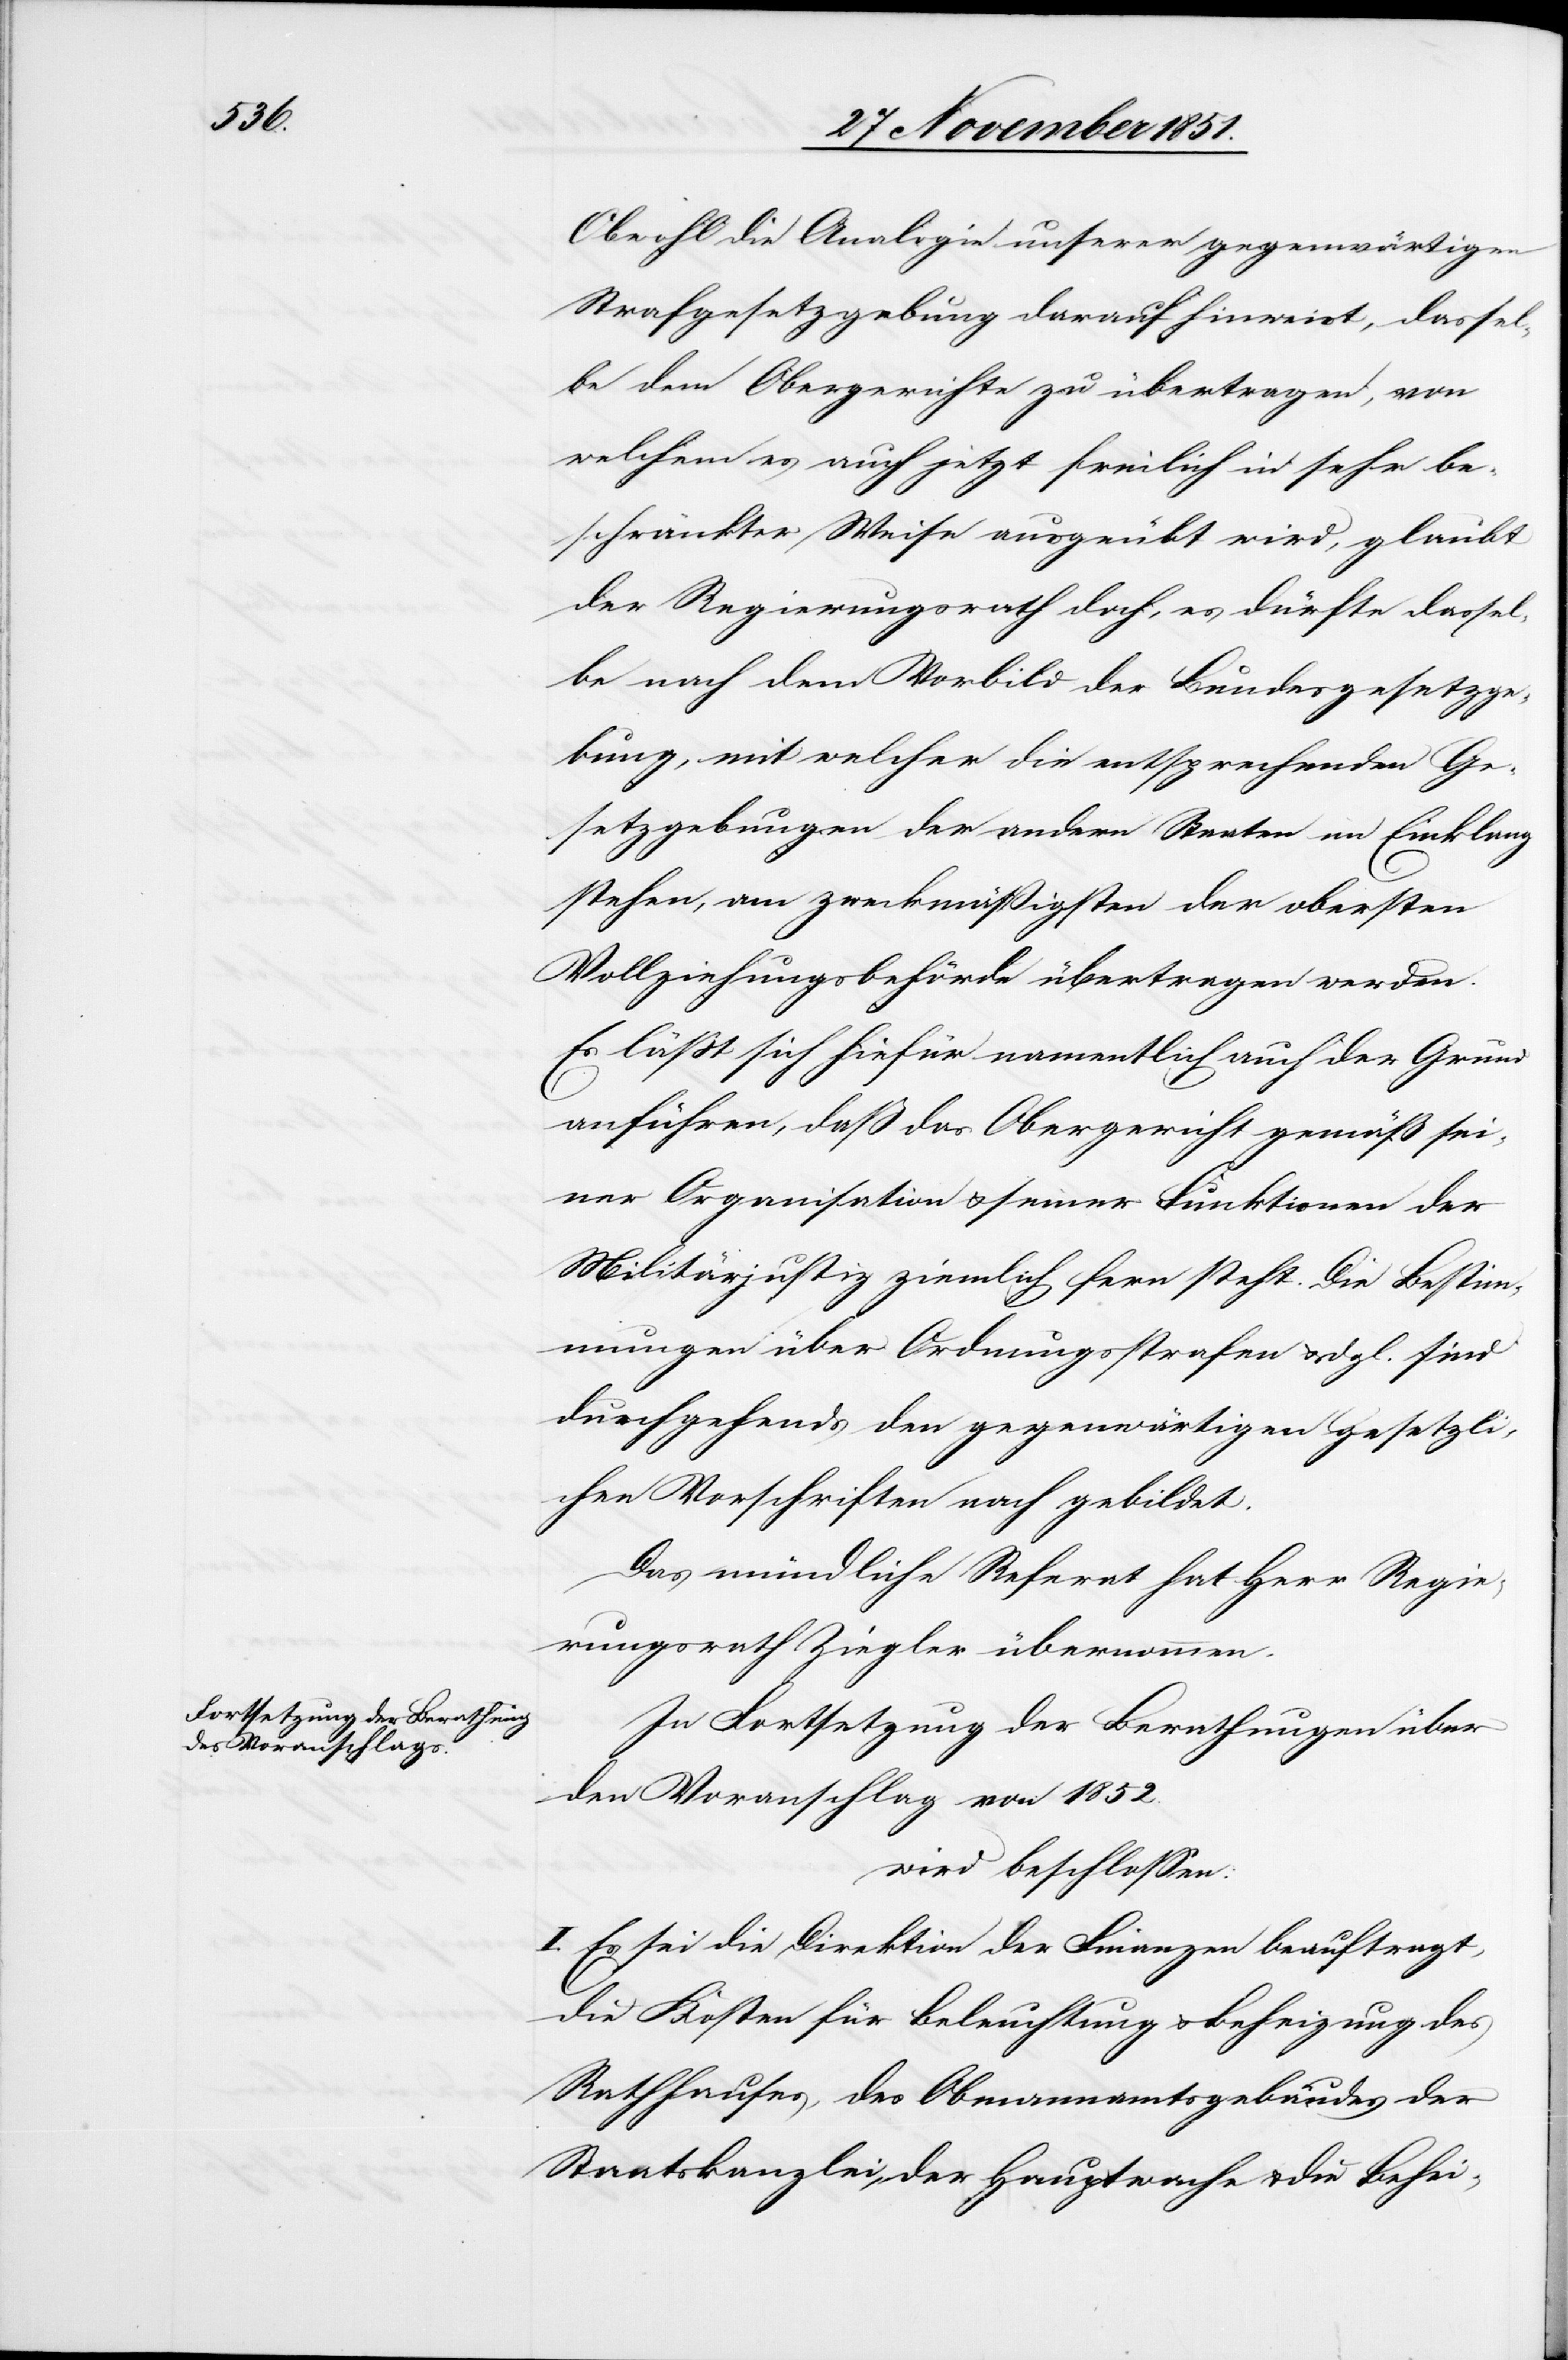
Obwohl die Analogie unserer gegenwärtigen
Strafgesetzgebung darauf hinweist, dassel¬
be dem Obergerichte zu übertragen, von
welchem es auch jetzt freilich in sehr be¬
schränkter Weise ausgeübt wird, glaubt
der Regierungsrath doch, es dürfte dassel¬
be nach dem Vorbild der Bundesgesetzge¬
bung, mit welcher die entsprechenden Ge¬
setzgebungen der andern Staaten im Einklang
stehen, am zweckmäßigsten der obersten
Vollziehungsbehörde übertragen werden.
Es läßt sich hiefür namentlich auch der Grund
anführen, daß das Obergericht gemäß sei¬
ner Organisation & seiner Funktionen der
Militärjustiz ziemlich fern steht. Die Bestim¬
mungen über Ordnungsstrafen & dgl. sind
durchgehends den gegenwärtigen gesetzli¬
chen Vorschriften nach gebildet.
Das mündliche Referat hat Herr Regie¬
rungsrath Ziegler übernommen.
In Fortsetzung der Berathungen über
den Voranschlag von 1852.
wird beschlossen:
I. Es sei die Direktion der Finanzen beauftragt,
die Kosten für Beleuchtung & Beheizung des
Rathhauses, des Obmannamtsgebäudes der
Staatskanzlei, der Hauptwache & die Behei-